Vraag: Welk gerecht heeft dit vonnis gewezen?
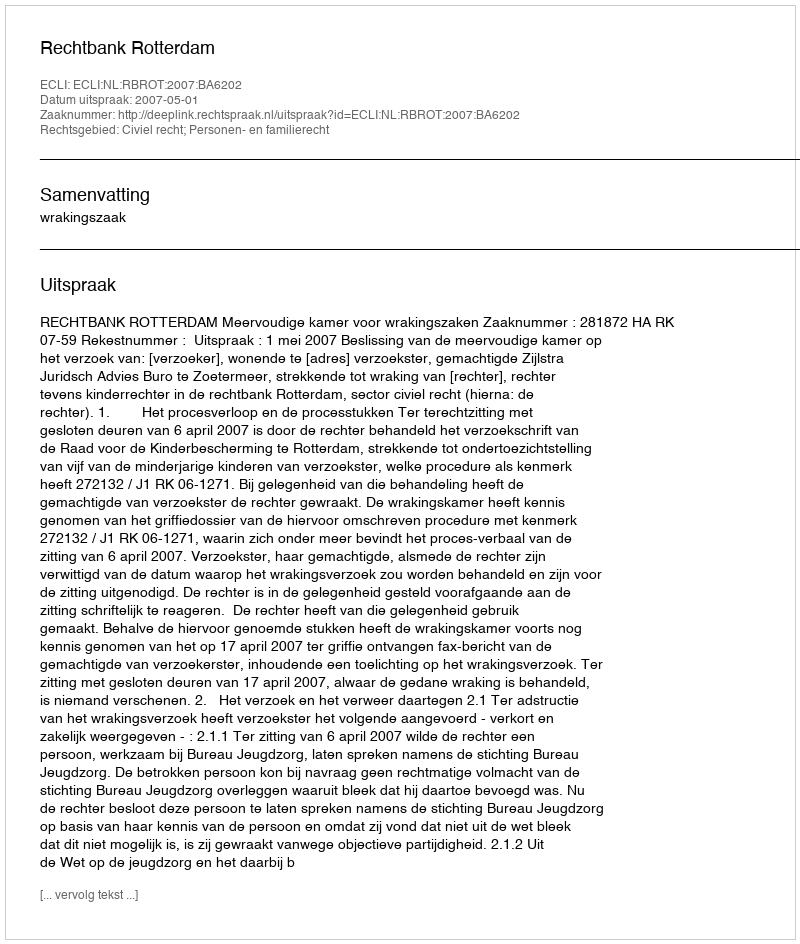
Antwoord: Rechtbank Rotterdam